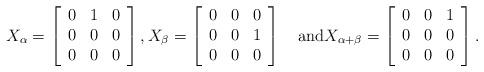
LaTeX: \begin{align*} X_{\alpha}=\left[\begin{array}{ccc} 0&1&0\\0&0&0\\0&0&0 \end{array}\right], X_{\beta}=\left[\begin{array}{ccc} 0&0&0\\0&0&1\\0&0&0 \end{array}\right]\quad\mbox{and} X_{\alpha+\beta}=\left[\begin{array}{ccc} 0&0&1\\0&0&0\\0&0&0 \end{array}\right].\end{align*}